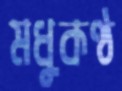
মধুকণ্ঠ